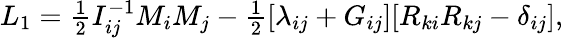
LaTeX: \begin{array}{r}{L_{1}=\frac 12I_{ij}^{-1}M_{i}M_{j}-\frac 12[\lambda_{ij}+G_{ij}][R_{ki}R_{kj}-\delta_{ij}],}\end{array}